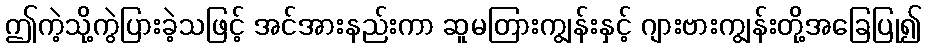
ဤကဲ့သို့ကွဲပြားခဲ့သဖြင့် အင်အားနည်းကာ ဆူမတြားကျွန်းနှင့် ဂျားဗားကျွန်းတို့အခြေပြု၍